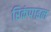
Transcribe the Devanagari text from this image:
रिकंपाइल